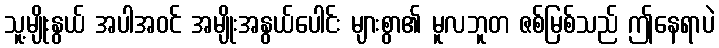
သူ့မျိုးနွယ် အပါအဝင် အမျိုးအနွယ်ပေါင်း များစွာ၏ မူလဘူတ ဇစ်မြစ်သည် ဤနေရာပဲ